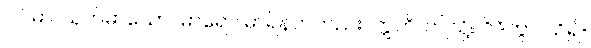
ပါပိမာ၊ ယုတ်မာသော။ မာရော၊ မာရ်နတ်တည်း။ ဣတိ၊ ဤသို့။ ဝိဒိတွာ၊ သိ၍။